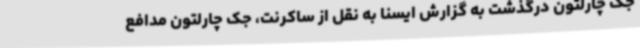
جک چارلتون درگذشت به گزارش ایسنا به نقل از ساکرنت، جک چارلتون مدافع